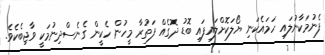
ފެނުމަކާނުލައި ހަމައެކަނި ޔޯލަކޮށްލައިފައި ބޮޑު ދޮގެއް ފަތުރާ މީހުން ހެކީން ގެނެސްދިނުމަކީ ވާޖިބެކެވެ.